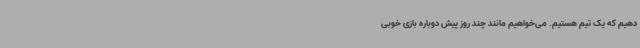
دهیم که یک تیم هستیم. می‌خواهیم مانند چند روز پیش دوباره بازی خوبی